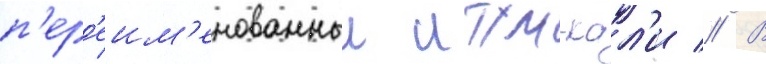
п'ер'еим'енованныи итум-кал'и // В